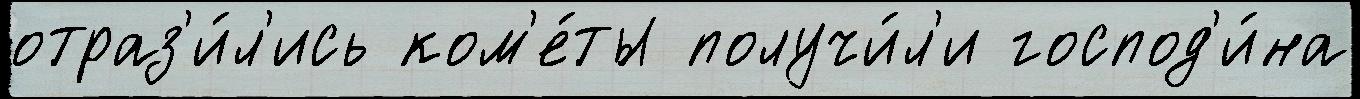
отраз'и́л'ись ком'е́ты получи́л'и господ'и́на